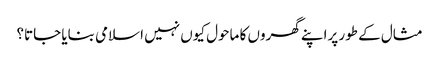
مثال کے طور پراپنے گھروں کا ماحول کیوں نہیں اسلامی بنایا جاتا؟